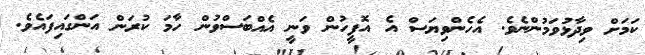
ކަމަށް ވިދާޅުވަމުންނެވެ. އެހެންވިޔަސް އެ އޮފީހުން ވަނީ އެއްބަސްވުން ހާމަ ކުރަން އަންގައިފައެވެ.